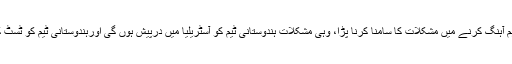
واٹسن نے کہا ہے کہ جس طرح آسٹریلیائی ٹیم کو ہندوستان میں یہاں کی وکٹوں سے خود کو ہم آہنگ کرنے میں مشکلات کا سامنا کرنا پڑا، وہی مشکلات ہندوستانی ٹیم کو آسٹریلیا میں درپیش ہوں گی اورہندوستانی ٹیم کو ٹسٹ کرکٹ میں اُچھال اور رفتار والی وکٹوں پر بہتر مظاہرہ کرنے کیلئے جدوجہد کرنی پڑے گی۔